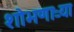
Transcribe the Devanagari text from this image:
शोभणाऱ्या